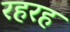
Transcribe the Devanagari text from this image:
रहरह